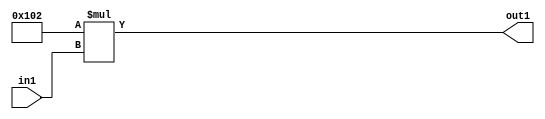
`timescale 1ps / 1ps
/*****************************************************************************
    Verilog RTL Description
    
    
    Created by: Stratus DpOpt 2019.1.01 
*******************************************************************************/

module DC_Filter_Mul_12U_3_4 (
	in1,
	out1
	); /* architecture "behavioural" */ 
input [3:0] in1;
output [11:0] out1;
wire [11:0] asc001;

assign asc001 = 
	+(12'B000100000010 * in1);

assign out1 = asc001;
endmodule

/* CADENCE  ubDwQwk= : u9/ySgnWtBlWxVPRXgAZ4Og= ** DO NOT EDIT THIS LINE ******/